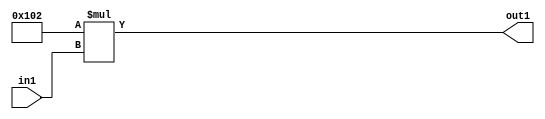
`timescale 1ps / 1ps
/*****************************************************************************
    Verilog RTL Description
    
    
    Created by: Stratus DpOpt 2019.1.01 
*******************************************************************************/

module DC_Filter_Mul_12U_3_4 (
	in1,
	out1
	); /* architecture "behavioural" */ 
input [3:0] in1;
output [11:0] out1;
wire [11:0] asc001;

assign asc001 = 
	+(12'B000100000010 * in1);

assign out1 = asc001;
endmodule

/* CADENCE  ubDwQwk= : u9/ySgnWtBlWxVPRXgAZ4Og= ** DO NOT EDIT THIS LINE ******/